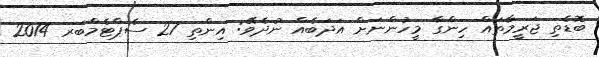
ބޮޑެތި ޖަރީމާތައް ހިންގާ މީހުންނަށް އަދަބެއް ނުދެވޭ: އިންތި 27 ސެޕްޓެމްބަރ 2014